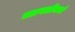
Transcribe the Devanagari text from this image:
चळवळींमध्यें